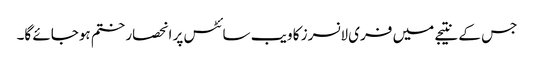
جس کے نتیجے میں فری لانسرز کا ویب سائٹس پر انحصار ختم ہوجائے گا۔